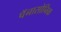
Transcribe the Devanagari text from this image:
पॅनासोनिक